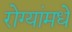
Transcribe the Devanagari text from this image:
रोग्यांमधे